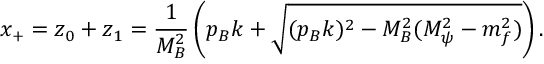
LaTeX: x _ { + } = z _ { 0 } + z _ { 1 } = \frac { 1 } { M _ { B } ^ { 2 } } \left( p _ { B } k + \sqrt { ( p _ { B } k ) ^ { 2 } - M _ { B } ^ { 2 } ( M _ { \psi } ^ { 2 } - m _ { f } ^ { 2 } ) } \right) .